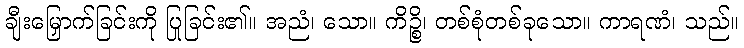
ချီးမြှောက်ခြင်းကို ပြုခြင်း၏။ အညံ၊ သော။ ကိဉ္စိ၊ တစ်စုံတစ်ခုသော။ ကာရဏံ၊ သည်။